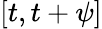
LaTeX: [t,t+\psi]